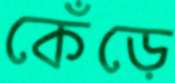
কেঁড়ে